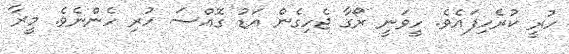
ހުރީ ކުރެހިފައެވެ. ހީވަނީ ރޯގާ ޖެހިގެން އަޑު ގޮއްސަ ހުރި ހެންނެވެ. މީރާ